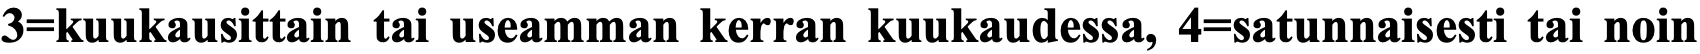
3=kuukausittain tai useamman kerran kuukaudessa, 4=satunnaisesti tai noin